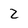
Character: z